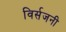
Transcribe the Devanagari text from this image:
विर्सजनी